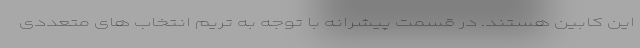
این کابین هستند. در قسمت پیشرانه با توجه به تریم انتخاب های متعددی